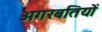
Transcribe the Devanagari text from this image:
अगरबतियों